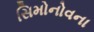
સિમોનોવના